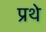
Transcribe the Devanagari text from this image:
प्रथे